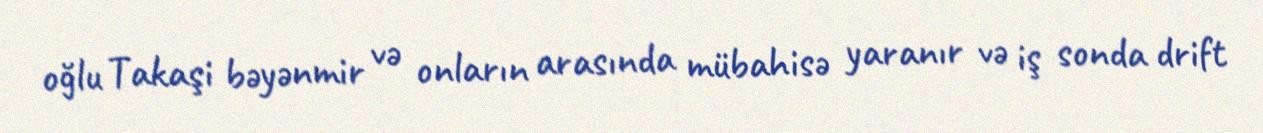
oğlu Takaşi bəyənmir və onların arasında mübahisə yaranır və iş sonda drift